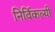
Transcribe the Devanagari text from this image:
निर्विकल्पी